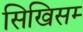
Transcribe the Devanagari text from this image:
सिखिसम्‍